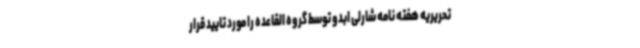
تحریریه هفته نامه شارلی ابدو توسط گروه القاعده را مورد تایید قرار